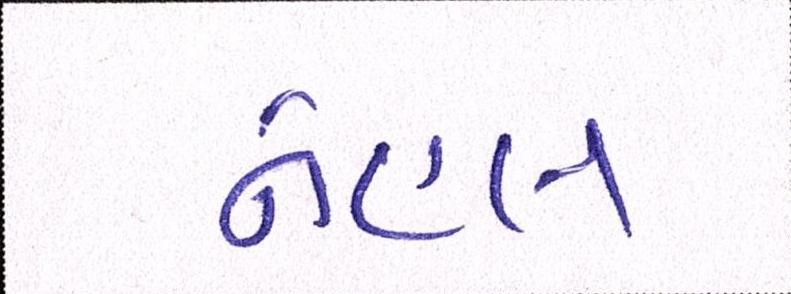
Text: નેહલ